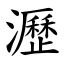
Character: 瀝